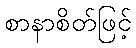
စာနာစိတ်ဖြင့်